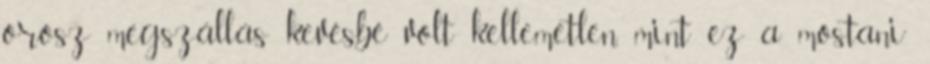
orosz megszállás kevésbé volt kellemetlen, mint ez a mostani”